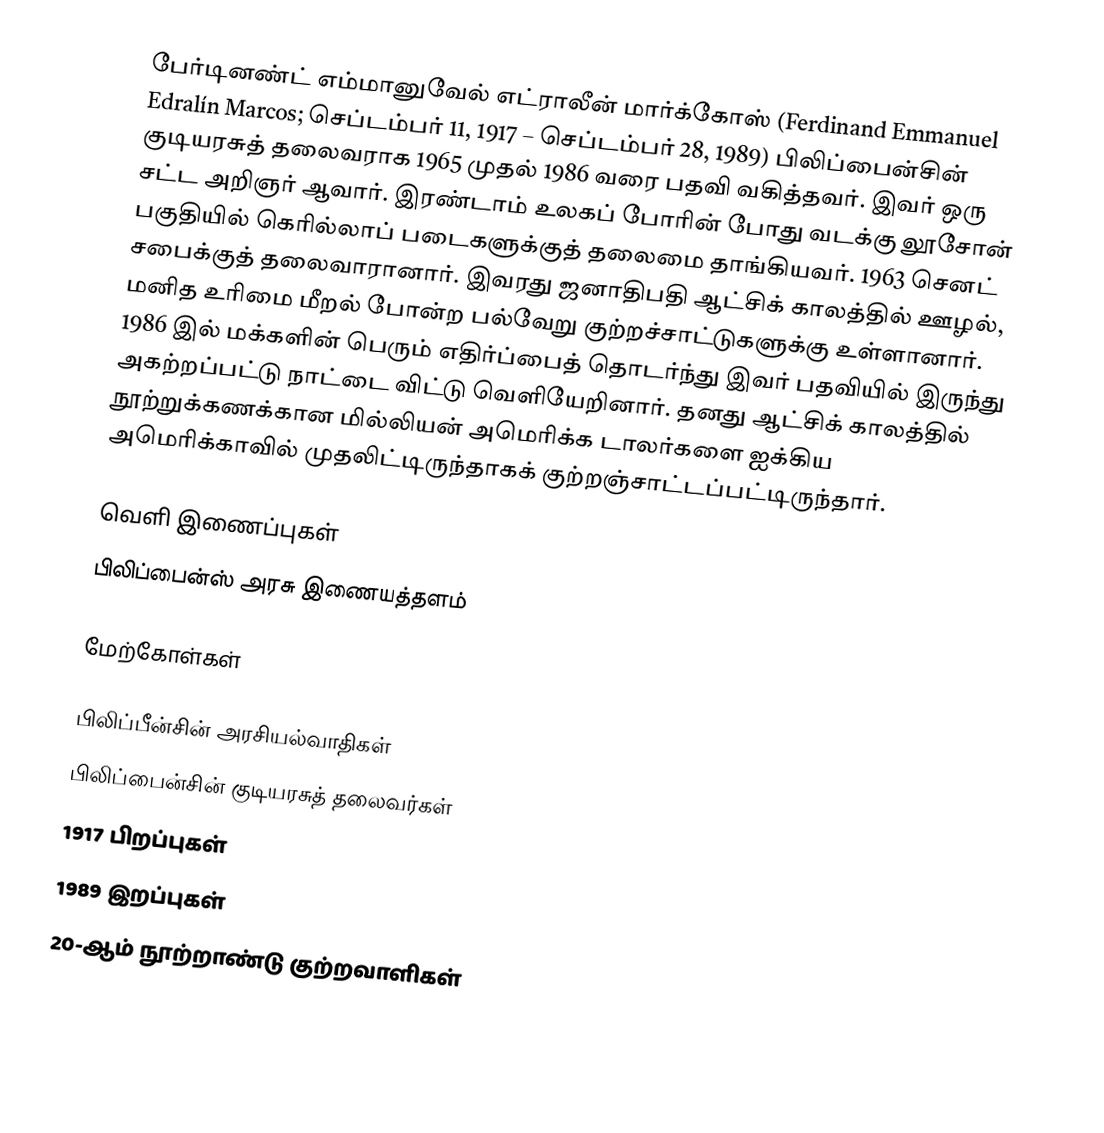
பேர்டினண்ட் எம்மானுவேல் எட்ராலீன் மார்க்கோஸ் (Ferdinand Emmanuel Edralín Marcos; செப்டம்பர் 11, 1917 – செப்டம்பர் 28, 1989) பிலிப்பைன்சின் குடியரசுத் தலைவராக 1965 முதல் 1986 வரை பதவி வகித்தவர். இவர் ஒரு சட்ட அறிஞர் ஆவார். இரண்டாம் உலகப் போரின் போது வடக்கு லூசோன் பகுதியில் கெரில்லாப் படைகளுக்குத் தலைமை தாங்கியவர். 1963 செனட் சபைக்குத் தலைவாரானார். இவரது ஜனாதிபதி ஆட்சிக் காலத்தில் ஊழல், மனித உரிமை மீறல் போன்ற பல்வேறு குற்றச்சாட்டுகளுக்கு உள்ளானார். 1986 இல் மக்களின் பெரும் எதிர்ப்பைத் தொடர்ந்து இவர் பதவியில் இருந்து அகற்றப்பட்டு நாட்டை விட்டு வெளியேறினார். தனது ஆட்சிக் காலத்தில் நூற்றுக்கணக்கான மில்லியன் அமெரிக்க டாலர்களை ஐக்கிய அமெரிக்காவில் முதலிட்டிருந்தாகக் குற்றஞ்சாட்டப்பட்டிருந்தார்.

வெளி இணைப்புகள்
 பிலிப்பைன்ஸ் அரசு இணையத்தளம்

மேற்கோள்கள்

பிலிப்பீன்சின் அரசியல்வாதிகள்
பிலிப்பைன்சின் குடியரசுத் தலைவர்கள்
1917 பிறப்புகள்
1989 இறப்புகள்
20-ஆம் நூற்றாண்டு குற்றவாளிகள்